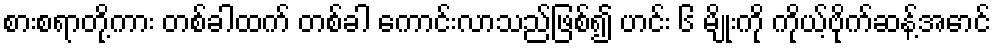
စားစရာတို့ကား တစ်ခါထက် တစ်ခါ ကောင်းလာသည်ဖြစ်၍ ဟင်း ၆ မျိုးကို ကိုယ့်ဗိုက်ဆန့်အောင်